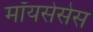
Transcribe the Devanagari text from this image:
मॉयसेसेस